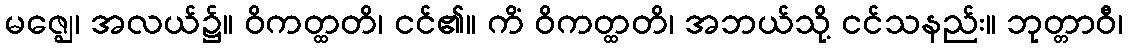
မဇ္ဈေ၊ အလယ်၌။ ဝိကတ္ထတိ၊ ငင်၏။ ကိံ ဝိကတ္ထတိ၊ အဘယ်သို့ ငင်သနည်း။ ဘုတ္တာဝီ၊